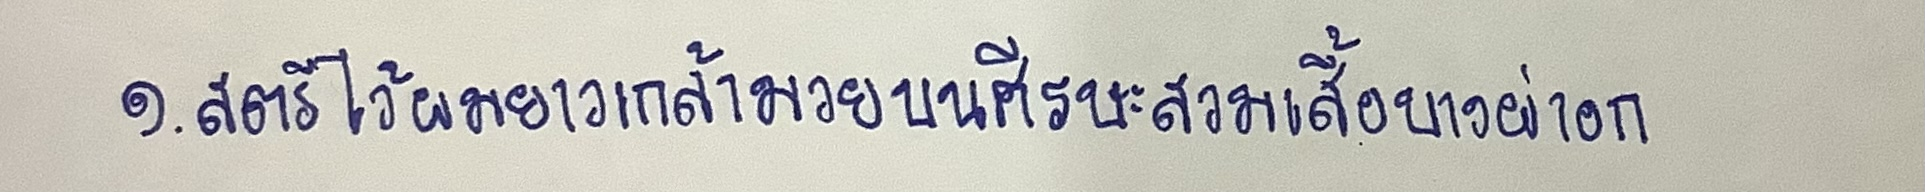
๑. สตรีไว้ผมยาวเกล้ามวยบนศีรษะสวมเสื้อบางผ่าอก